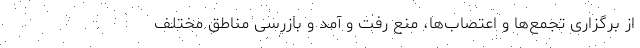
از برگزاری تجمع‌ها و اعتصاب‌ها، منع رفت و آمد و بازرسی مناطق مختلف